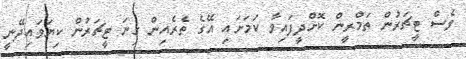
ވެސް ޓީޗަރުން ތަމްރީން ކޮށްދީފައިވާ ކަމަށައި އޭގެ ތެރެއިން ގިނަ ޓީޗަރުން ކިޔަވައިދޭނީ